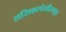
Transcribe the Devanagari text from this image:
लसिकापेशीसमूह